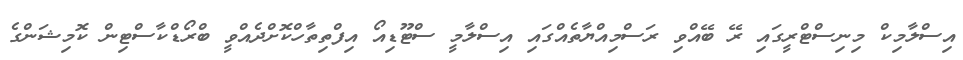
އިސްލާމިކް މިނިސްޓްރީގައި ރޭ ބޭއްވި ރަސްމިއްޔާތެއްގައި އިސްލާމީ ސްޓޫޑިއޯ އިފްތިތާހްކޮށްދެއްވީ ބްރޯޑްކާސްޓިން ކޮމިޝަންގެ